Madras plague regulations and rules for district municipalities and other towns and villages
Disease focus: Plague
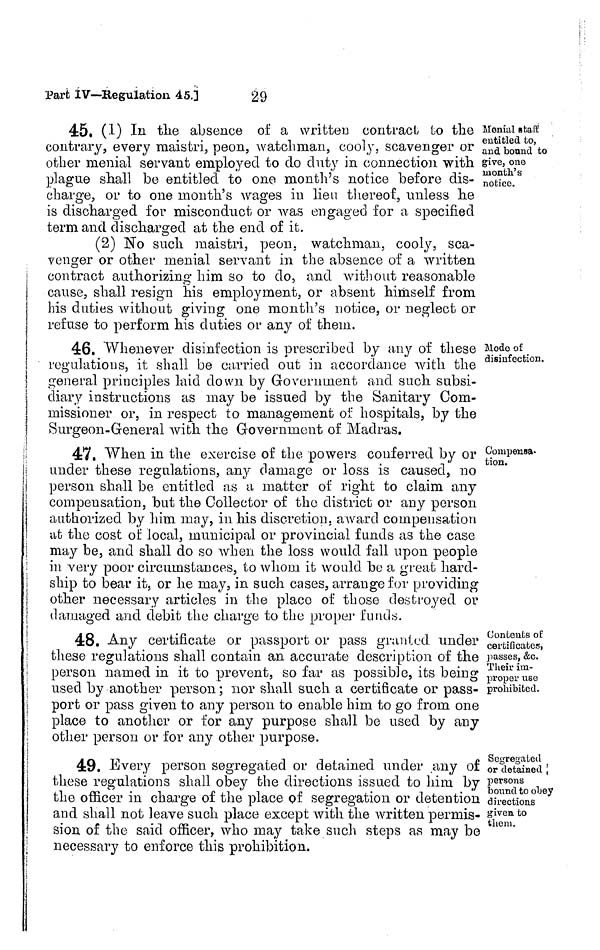
Part IV—Regulation 45.]
29
Monial staff
entitled to,
and bound to
give, one
month's
notice.
45. (1) In the absence of a written contract to the
contrary, every maistri, peon, watchman, cooly, scavenger or
other menial servant employed to do duty in connection with
plague shall be entitled to one month's notice before dis-
charge, or to one mouth's wages in lieu thereof, unless he
is discharged for misconduct or was engaged for a specified
term and discharged at the end of it.
(2) No such maistri, peon, watchman, cooly, sca-
venger or other menial servant in the absence of a written
contract authorizing him so to do, and without reasonable
cause, shall resign his employment, or absent himself from
his duties without giving one month's notice, or neglect or
refuse to perform his duties or any of them.
Modo of
disinfection.
46. Whenever disinfection is prescribed by any of these
regulations, it shall be carried out in accordance with the
general principles laid down by Government and such subsi-
diary instructions as may be issued by the Sanitary Com-
missioner or, in respect to management of hospitals, by the
Surgeon-General with the Government of Madras.
Compensa-
tion.
47. When in the exercise of the powers conferred by or
under these regulations, any damage or loss is caused, no
person shall be entitled as a matter of right to claim any
compensation, but the Collector of the district or any person
authorized by him may, in his discretion, award compensation
at the cost of local, municipal or provincial funds as the case
may be, and shall do so when the loss would fall upon people
in very poor circumstances, to whom it would be a great hard-
ship to bear it, or he may, in such cases, arrange for providing
other necessary articles in the placo of those destroyed or
damaged and debit the charge to the proper funds.
Contents o£
certificates,
passes, &c.
Their im-
proper use
prohibited.
48. Any certificate or passport or pass granted under
these regulations shall contain an accurate description of the
person named in it to prevent, so far as possible, its being
used by another person; nor shall such a certificate or pass-
port or pass given to any person to enable him to go from one
place to another or for any purpose shall be used by any
other person or for any other purpose.
Segregated
or detained
persons
bound to obey
directions
givea to
them.
49. Every person segregated or detained under any of
these regulations shall obey the directions issued to him by
the officer in charge of the place of segregation or detention
and shall not leave such place except with the written permis-
sion of the said officer, who may take such steps as may be
necessary to enforce this prohibition.